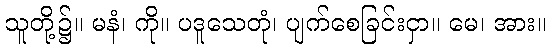
သူတို့၌။ မနံ၊ ကို။ ပဒူသေတုံ၊ ပျက်စေခြင်းငှာ။ မေ၊ အား။